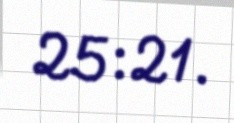
25:21.